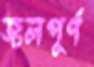
জলপূর্ণ